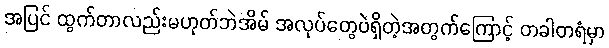
အပြင် ထွက်တာလည်းမဟုတ်ဘဲအိမ် အလုပ်တွေပဲရှိတဲ့အတွက်ကြောင့် တခါတရံမှာ